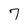
Character: 7